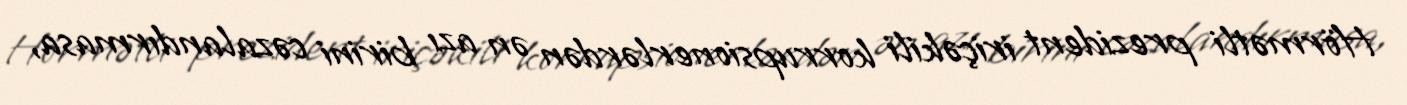
Hörmətli prezident iriçəkili korrupsionerlərdən ən azı birini cəzalandırmasa,